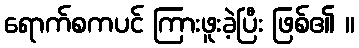
ရောက်စကပင် ကြားဖူးခဲ့ပြီး ဖြစ်၏ ။